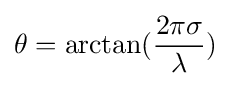
\theta =\arctan({\frac {2\pi \sigma }{\lambda }})